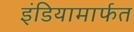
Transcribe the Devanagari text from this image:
इंडियामार्फत